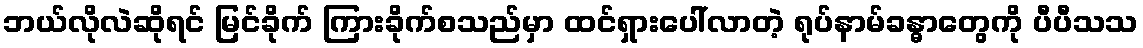
ဘယ်လိုလဲဆိုရင် မြင်ခိုက် ကြားခိုက်စသည်မှာ ထင်ရှားပေါ်လာတဲ့ ရုပ်နာမ်ခန္ဓာတွေကို ပီပီသသ